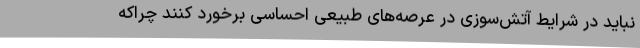
نباید در شرایط آتش‌سوزی در عرصه‌های طبیعی احساسی برخورد کنند چراکه